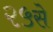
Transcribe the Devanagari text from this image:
२५से